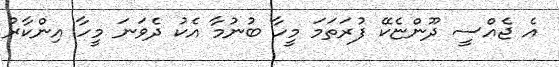
އެ ޖެއްސީ ދޫންޏެކޭ ފުރަތަމަ މީހާ ބުނުމާ އެކު ދެވަނަ މީހާ އިންކާރު